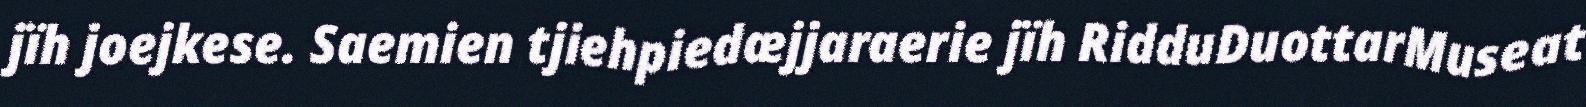
jïh joejkese. Saemien tjiehpiedæjjaraerie jïh RidduDuottarMuseat